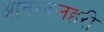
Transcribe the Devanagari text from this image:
आनन्दलहरी